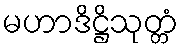
မဟာဒိဋ္ဌိသုတ္တံ